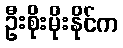
ဦးစိုးမိုးနိုင်က